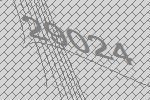
29024